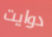
دوايت